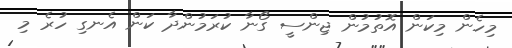
މިހެން މިކަން އޮތުމުން ޖިންސީ ގޯނާ ކުރަމުންދާ ކަން އެނގި ހުރެ މި